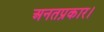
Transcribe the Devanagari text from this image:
अनतप्रकार।